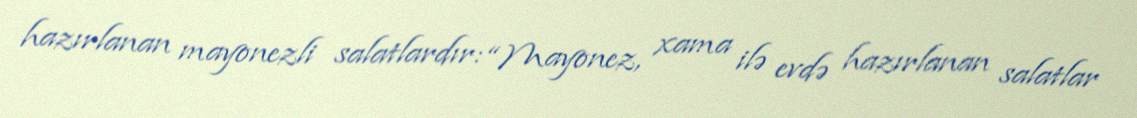
hazırlanan mayonezli salatlardır: “Mayonez, xama ilə evdə hazırlanan salatlar